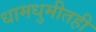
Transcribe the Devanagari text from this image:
धामधुमीतही